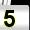
Digit: 5